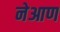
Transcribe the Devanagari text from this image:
नेआण